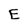
Character: E